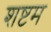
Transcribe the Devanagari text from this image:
शष्टम